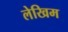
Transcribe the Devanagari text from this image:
लेखिम